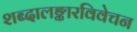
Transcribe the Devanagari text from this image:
शब्दालङ्कारविवेचन